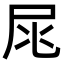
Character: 㞑